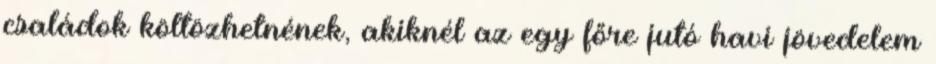
családok költözhetnének, akiknél az egy főre jutó havi jövedelem